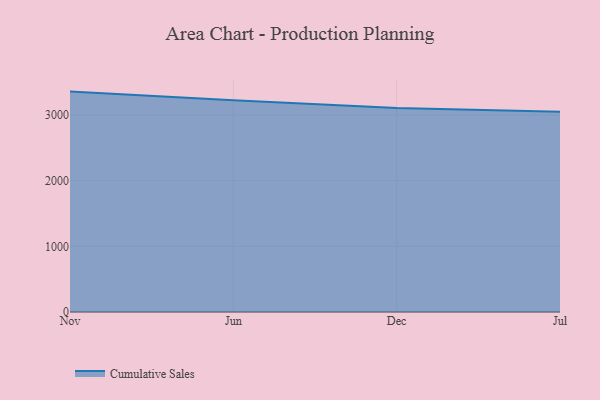
{"axis": {"x": "Month", "y": "Website Visitors"}, "legend": ["Cumulative Sales"], "data": [{"x": "Nov", "y": 3357.7, "type": "Cumulative Sales"}, {"x": "Jun", "y": 3225.7, "type": "Cumulative Sales"}, {"x": "Dec", "y": 3107.3, "type": "Cumulative Sales"}, {"x": "Jul", "y": 3052.4, "type": "Cumulative Sales"}]}